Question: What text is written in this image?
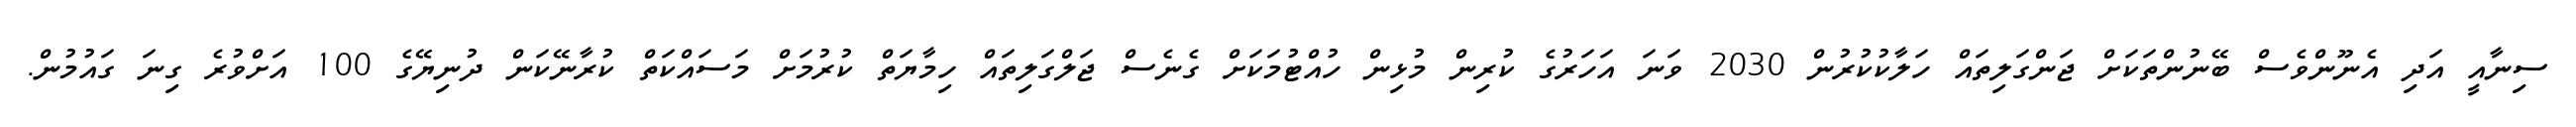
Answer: ސިނާއީ އަދި އެނޫންވެސް ބޭނުންތަކަށް ޖަންގަލިތައް ހަލާކުކުރުން 2030 ވަނަ އަހަރުގެ ކުރިން މުޅިން ހުއްޓުމަކަށް ގެނެސް ޖަލްގަލިތައް ހިމާޔަތް ކުރުމަށް މަސައްކަތް ކުރާނޭކަން ދުނިޔޭގެ 100 އަށްވުރެ ގިނަ ގައުމުން.